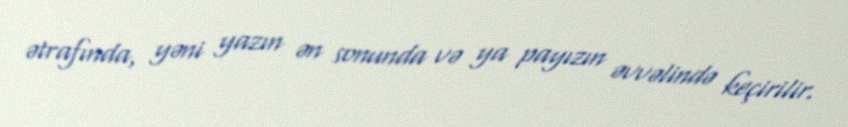
ətrafında, yəni yazın ən sonunda və ya payızın əvvəlində keçirilir.